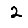
Digit: 2